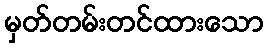
မှတ်တမ်းတင်ထားသော